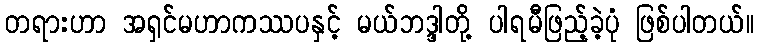
တရားဟာ အရှင်မဟာကဿပနှင့် မယ်ဘဒ္ဒါတို့ ပါရမီဖြည့်ခဲ့ပုံ ဖြစ်ပါတယ်။